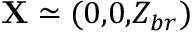
{ \bf X } \simeq ( 0 , \! 0 , \! Z _ { b r } )